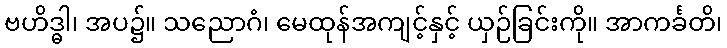
ဗဟိဒ္ဓါ၊ အပ၌။ သညောဂံ၊ မေထုန်အကျင့်နှင့် ယှဉ်ခြင်းကို။ အာကင်္ခတိ၊